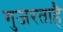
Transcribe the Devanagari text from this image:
गुजरताहै